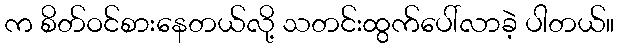
က စိတ်ဝင်စားနေတယ်လို့ သတင်းထွက်ပေါ်လာခဲ့ ပါတယ်။